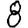
Digit: 8